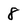
Character: 8